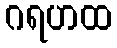
ဂရဟထ